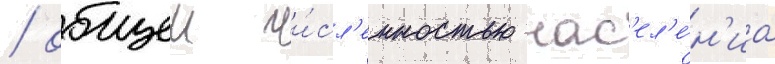
/ общеи чи́сл'енностью нас'ел'е́н'иа